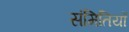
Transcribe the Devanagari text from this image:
संमितियों